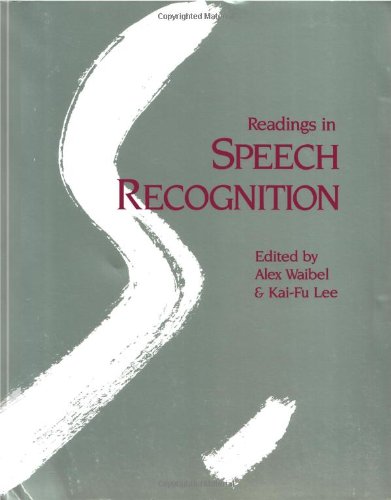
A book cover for Readings in Speech Recognition; Computers & Technology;